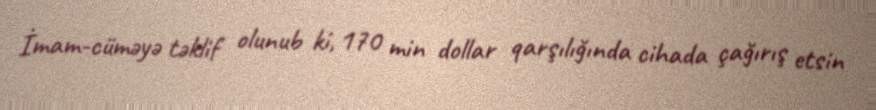
İmam-cüməyə təklif olunub ki, 170 min dollar qarşılığında cihada çağırış etsin